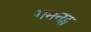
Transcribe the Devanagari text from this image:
गमनट्स